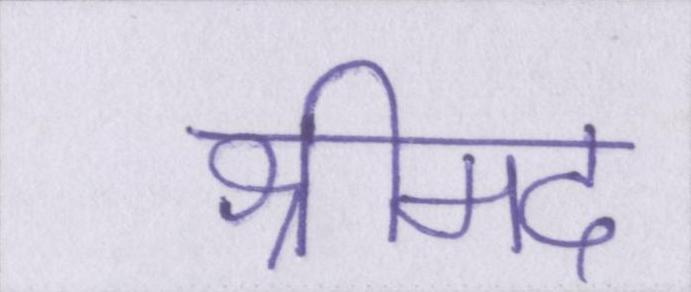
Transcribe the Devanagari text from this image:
श्रीमद